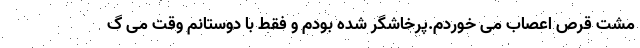
مشت قرص اعصاب می خوردم.پرخاشگر شده بودم و فقط با دوستانم وقت می گ